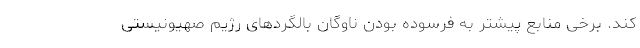
کند. برخی منابع پیشتر به فرسوده بودن ناوگان بالگردهای رژیم صهیونیستی